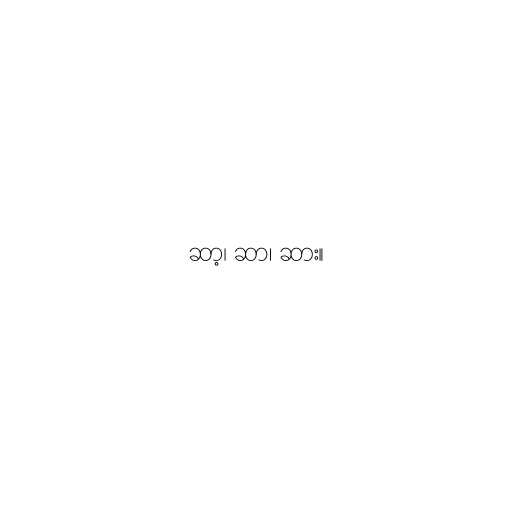
ဆာ့၊ ဆာ၊ ဆား။